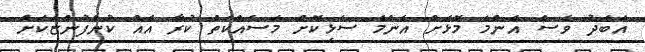
އަބަދު ވެސް އެންމެ މޮޅަށް އެންމެ ސަޅިކޮށް މަސައްކަތް ކުރާ އެއް ކުންފުންޏަކަށް